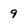
Character: 9